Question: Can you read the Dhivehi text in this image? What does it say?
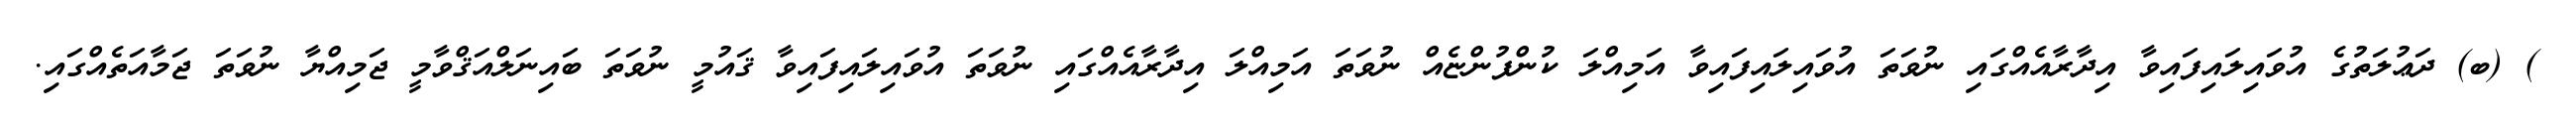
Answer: ) (ބ) ދަޢުލަތުގެ އުވައިލައިފައިވާ އިދާރާއެއްގައި ނުވަތަ އުވައިލައިފައިވާ އަމިއްލަ ކުންފުންޏެއް ނުވަތަ އަމިއްލަ އިދާރާއެއްގައި ނުވަތަ އުވައިލައިފައިވާ ޤައުމީ ނުވަތަ ބައިނަލްއަޤްވާމީ ޖަމިއްޔާ ނުވަތަ ޖަމާއަތެއްގައި.